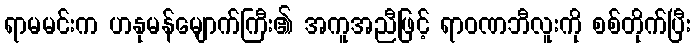
ရာမမင်းက ဟနုမန်မျောက်ကြီး၏ အကူအညီဖြင့် ရာဝဏဘီလူးကို စစ်တိုက်ပြီး